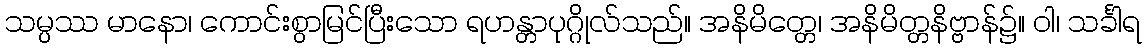
သမ္ပဿ မာနော၊ ကောင်းစွာမြင်ပြီးသော ရဟန္တာပုဂ္ဂိုလ်သည်။ အနိမိတ္တေ၊ အနိမိတ္တနိဗ္ဗာန်၌။ ဝါ၊ သင်္ခါရ